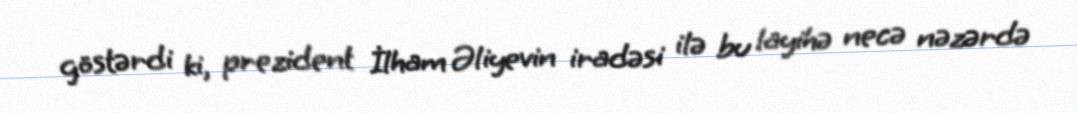
göstərdi ki, prezident İlham Əliyevin iradəsi ilə bu layihə necə nəzərdə